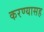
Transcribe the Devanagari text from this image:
करण्यासह